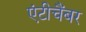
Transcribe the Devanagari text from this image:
एंटीचैंबर